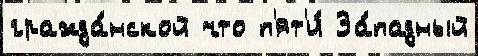
гражда́нской что п'ят'и́ За́падный